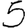
Digit: 5